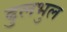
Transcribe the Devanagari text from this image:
ढुलभुल